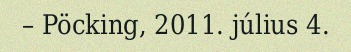
– Pöcking, 2011. július 4.